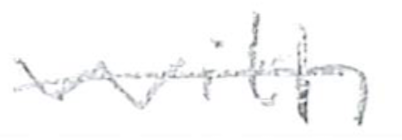
Text: with
Cross-out: single-line
Writing tool: pencil